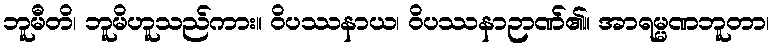
ဘူမီတိ၊ ဘူမိဟူသည်ကား။ ဝိပဿနာယ၊ ဝိပဿနာဉာဏ်၏။ အာရမ္မဏဘူတာ၊